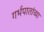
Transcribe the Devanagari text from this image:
गर्भपातांच्या